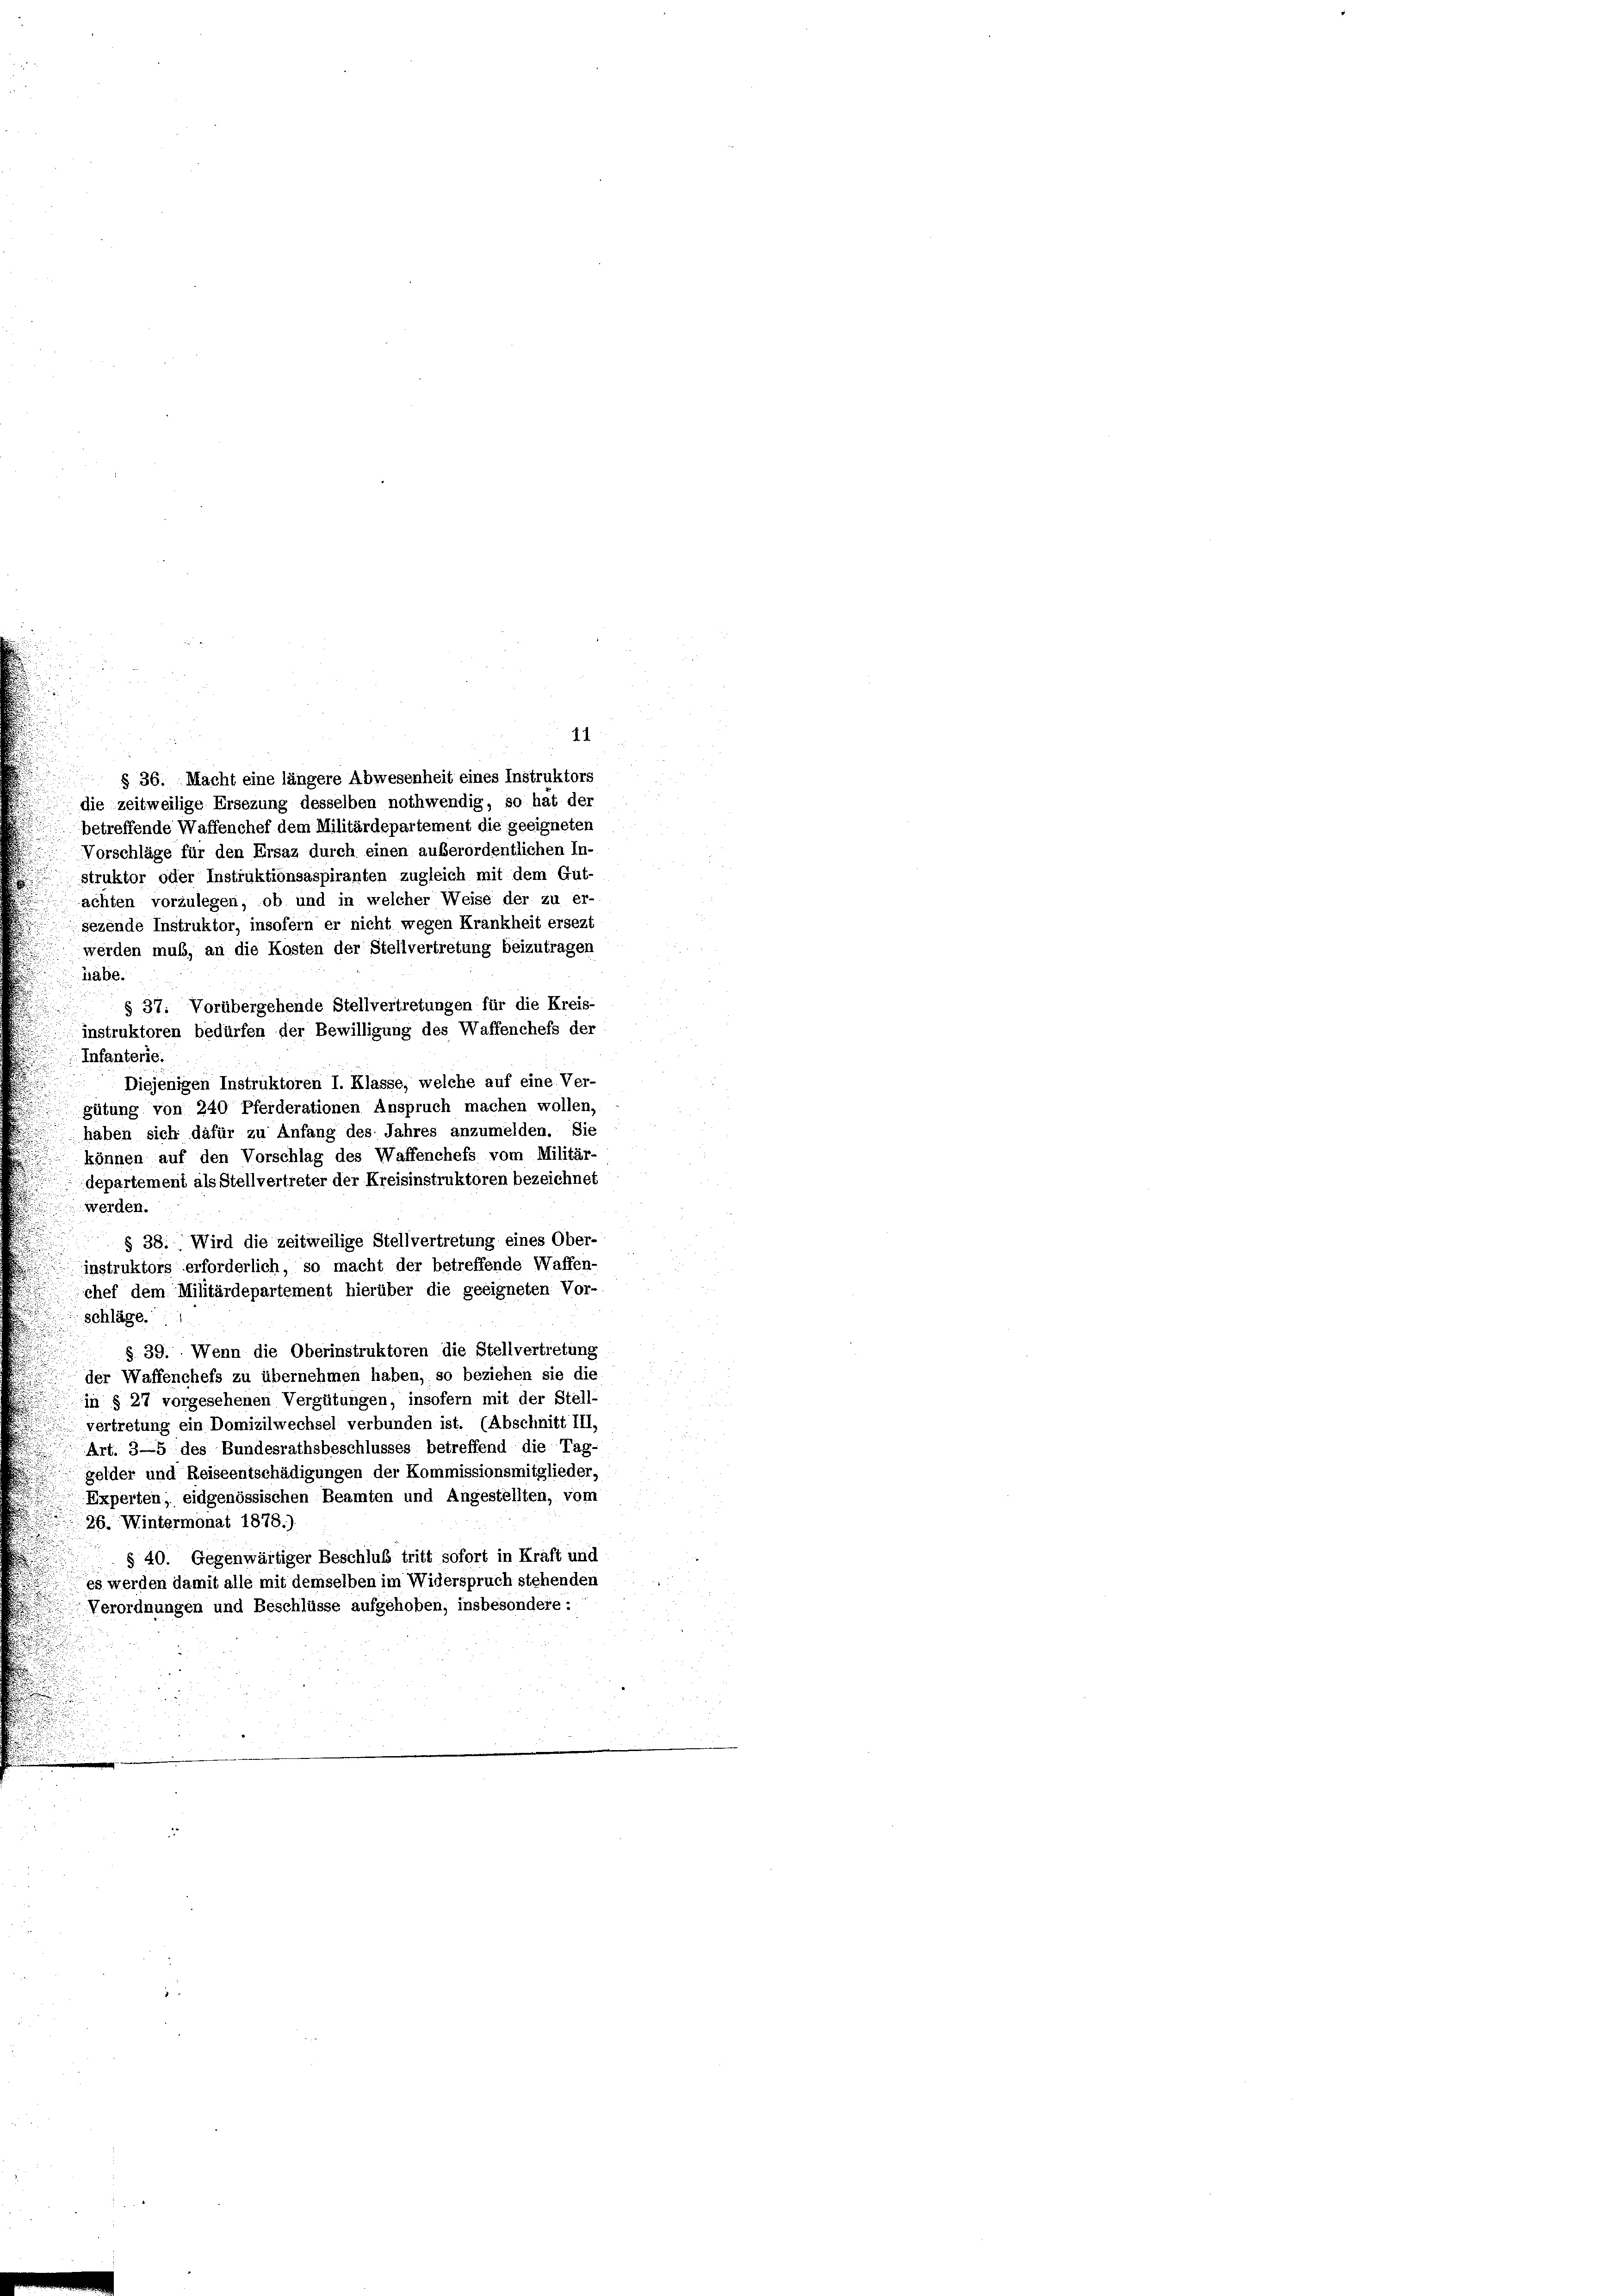
die zeitweilige Ersezung desselben nothwendig, so hat der
betreffende Waffenchef dem Militärdepartement die geeigneten
Vorschläge für den Ersaz durch einen außerordentlichen In-
struktor oder Instruktionsaspiranten zugleich mit dem Gut-
achten vorzulegen, ob und in welcher Weise der zu er-
sezende Instruktor, insofern er nicht wegen Krankheit ersezt
werden muß, an die Kosten der Stellvertretung beizutragen
tläbe.
§ 37. Vorübergehende Stellvertretungen für die Kreis-
instruktoren bedürfen der Bewilligung des Waffenchefs der
Infanterie.
Diejenigen Instruktoren I. Klasse, welche auf eine Ver-
gütung von 240 Pferderationen Anspruch machen wollen,
haben sich dafür zu Anfang des Jahres anzumelden. Sie
können auf den Vorschlag des Waffenchefs vom Militär-
departement als Stellvertreter der Kreisinstruktoren bezeichnet
werden.
§ 38. Wird die zeitweilige Stellvertretung eines Ober-
instruktors erforderlich, so macht der betreffende Waffen-
chef dem Militärdepartement hierüber die geeigneten Vor-
schläge.
§ 39. Wenn die Oberinstruktoren die Stellvertretung
der Waffenchefs zu übernehmen haben, so beziehen sie die
in § 27 vorgesehenen Vergütungen, insofern mit der Stell-
vertretung ein Domizilwechsel verbunden ist. (Abschnitt III,
Art. 3—5 des Bundesrathsbeschlusses betreffend die Tag-
gelder und Reiseentschädigungen der Kommissionsmitglieder.
Experten, eidgenössischen Beamten und Angestellten, vom
26. Wintermonat 1878.)
§ 40. Gegenwärtiger Beschluß tritt sofort in Kraft und
es werden damit alle mit demselben im Widerspruch stehenden
Verordnungen und Beschlüsse aufgehoben, insbesondere:

11
§ 36. Macht eine längere Abwesenheit eines Instruktors